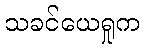
သခင်ယေရှုက